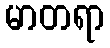
မာတရာ